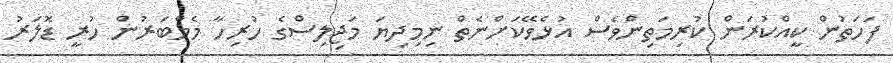
ފަހަތުން ކީއްކުރަން ކުރިމަތިންވެސް އުޅެވޭކަށްނެތް ނިމިދިޔަ މަޖިލިސްގެ ހުރިހާ މެމްބަރުން ހުރީ ޑޮލަރު